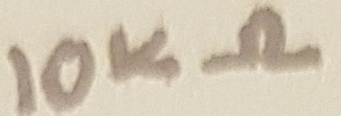
Text: 10KΩ